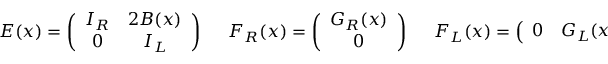
E ( x ) = \left( \begin{array} { c c } { { I _ { R } } } & { { 2 B ( x ) } } \\ { { 0 } } & { { I _ { L } } } \end{array} \right) \; \; \; \; \; F _ { R } ( x ) = \left( \begin{array} { c } { { G _ { R } ( x ) } } \\ { { 0 } } \end{array} \right) \; \; \; \; \; F _ { L } ( x ) = \left( \begin{array} { c c } { { 0 } } & { { G _ { L } ( x ) } } \end{array} \right) .